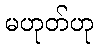
မဟုတ်ဟု